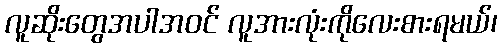
လူဆိုးတွေအပါအဝင် လူအားလုံးကိုလေးစားရမယ်၊